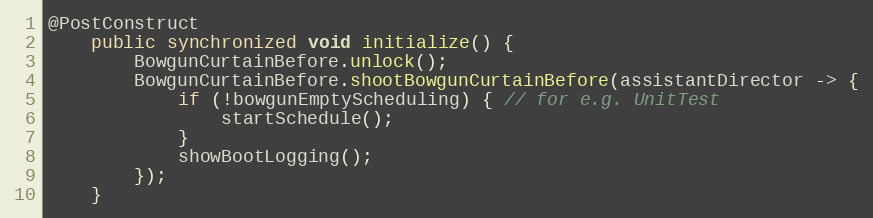
Language: Java
@PostConstruct
    public synchronized void initialize() {
        BowgunCurtainBefore.unlock();
        BowgunCurtainBefore.shootBowgunCurtainBefore(assistantDirector -> {
            if (!bowgunEmptyScheduling) { // for e.g. UnitTest
                startSchedule();
            }
            showBootLogging();
        });
    }